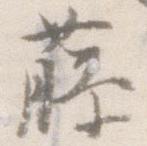
藤